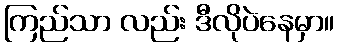
ကြည်သာ လည်း ဒီလိုပဲနေမှာ။